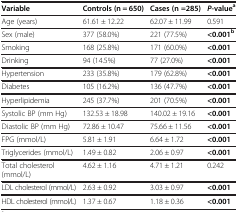
| Variable | Controls (n = 650) | Cases (n =285) | P-valuea |
 | --- | --- | --- | --- |
 | Age (years) | 61.61 ± 12.22 | 62.07 ± 11.99 | 0.591 |
 | Sex (male) | 377 (58.0%) | 221 (77.5%) | <0.001b |
 | Smoking | 168 (25.8%) | 171 (60.0%) | <0.001 |
 | Drinking | 94 (14.5%) | 77 (27.0%) | <0.001 |
 | Hypertension | 233 (35.8%) | 179 (62.8%) | <0.001 |
 | Diabetes | 105 (16.2%) | 136 (47.7%) | <0.001 |
 | Hyperlipidemia | 245 (37.7%) | 201 (70.5%) | <0.001 |
 | Systolic BP (mm Hg) | 132.53 ± 18.98 | 140.02 ± 19.16 | <0.001 |
 | Diastolic BP (mm Hg) | 72.86 ± 10.47 | 75.66 ± 11.56 | <0.001 |
 | FPG (mmol/L) | 5.81 ± 1.91 | 6.64 ± 1.72 | <0.001 |
 | Triglycerides (mmol/L) | 1.49 ± 0.82 | 2.06 ± 0.97 | <0.001 |
 | Total cholesterol (mmol/L) | 4.62 ± 1.16 | 4.71 ± 1.21 | 0.242 |
 | LDL cholesterol (mmol/L) | 2.63 ± 0.92 | 3.03 ± 0.97 | <0.001 |
 | HDL cholesterol (mmol/L) | 1.37 ± 0.67 | 1.18 ± 0.36 | <0.001 |